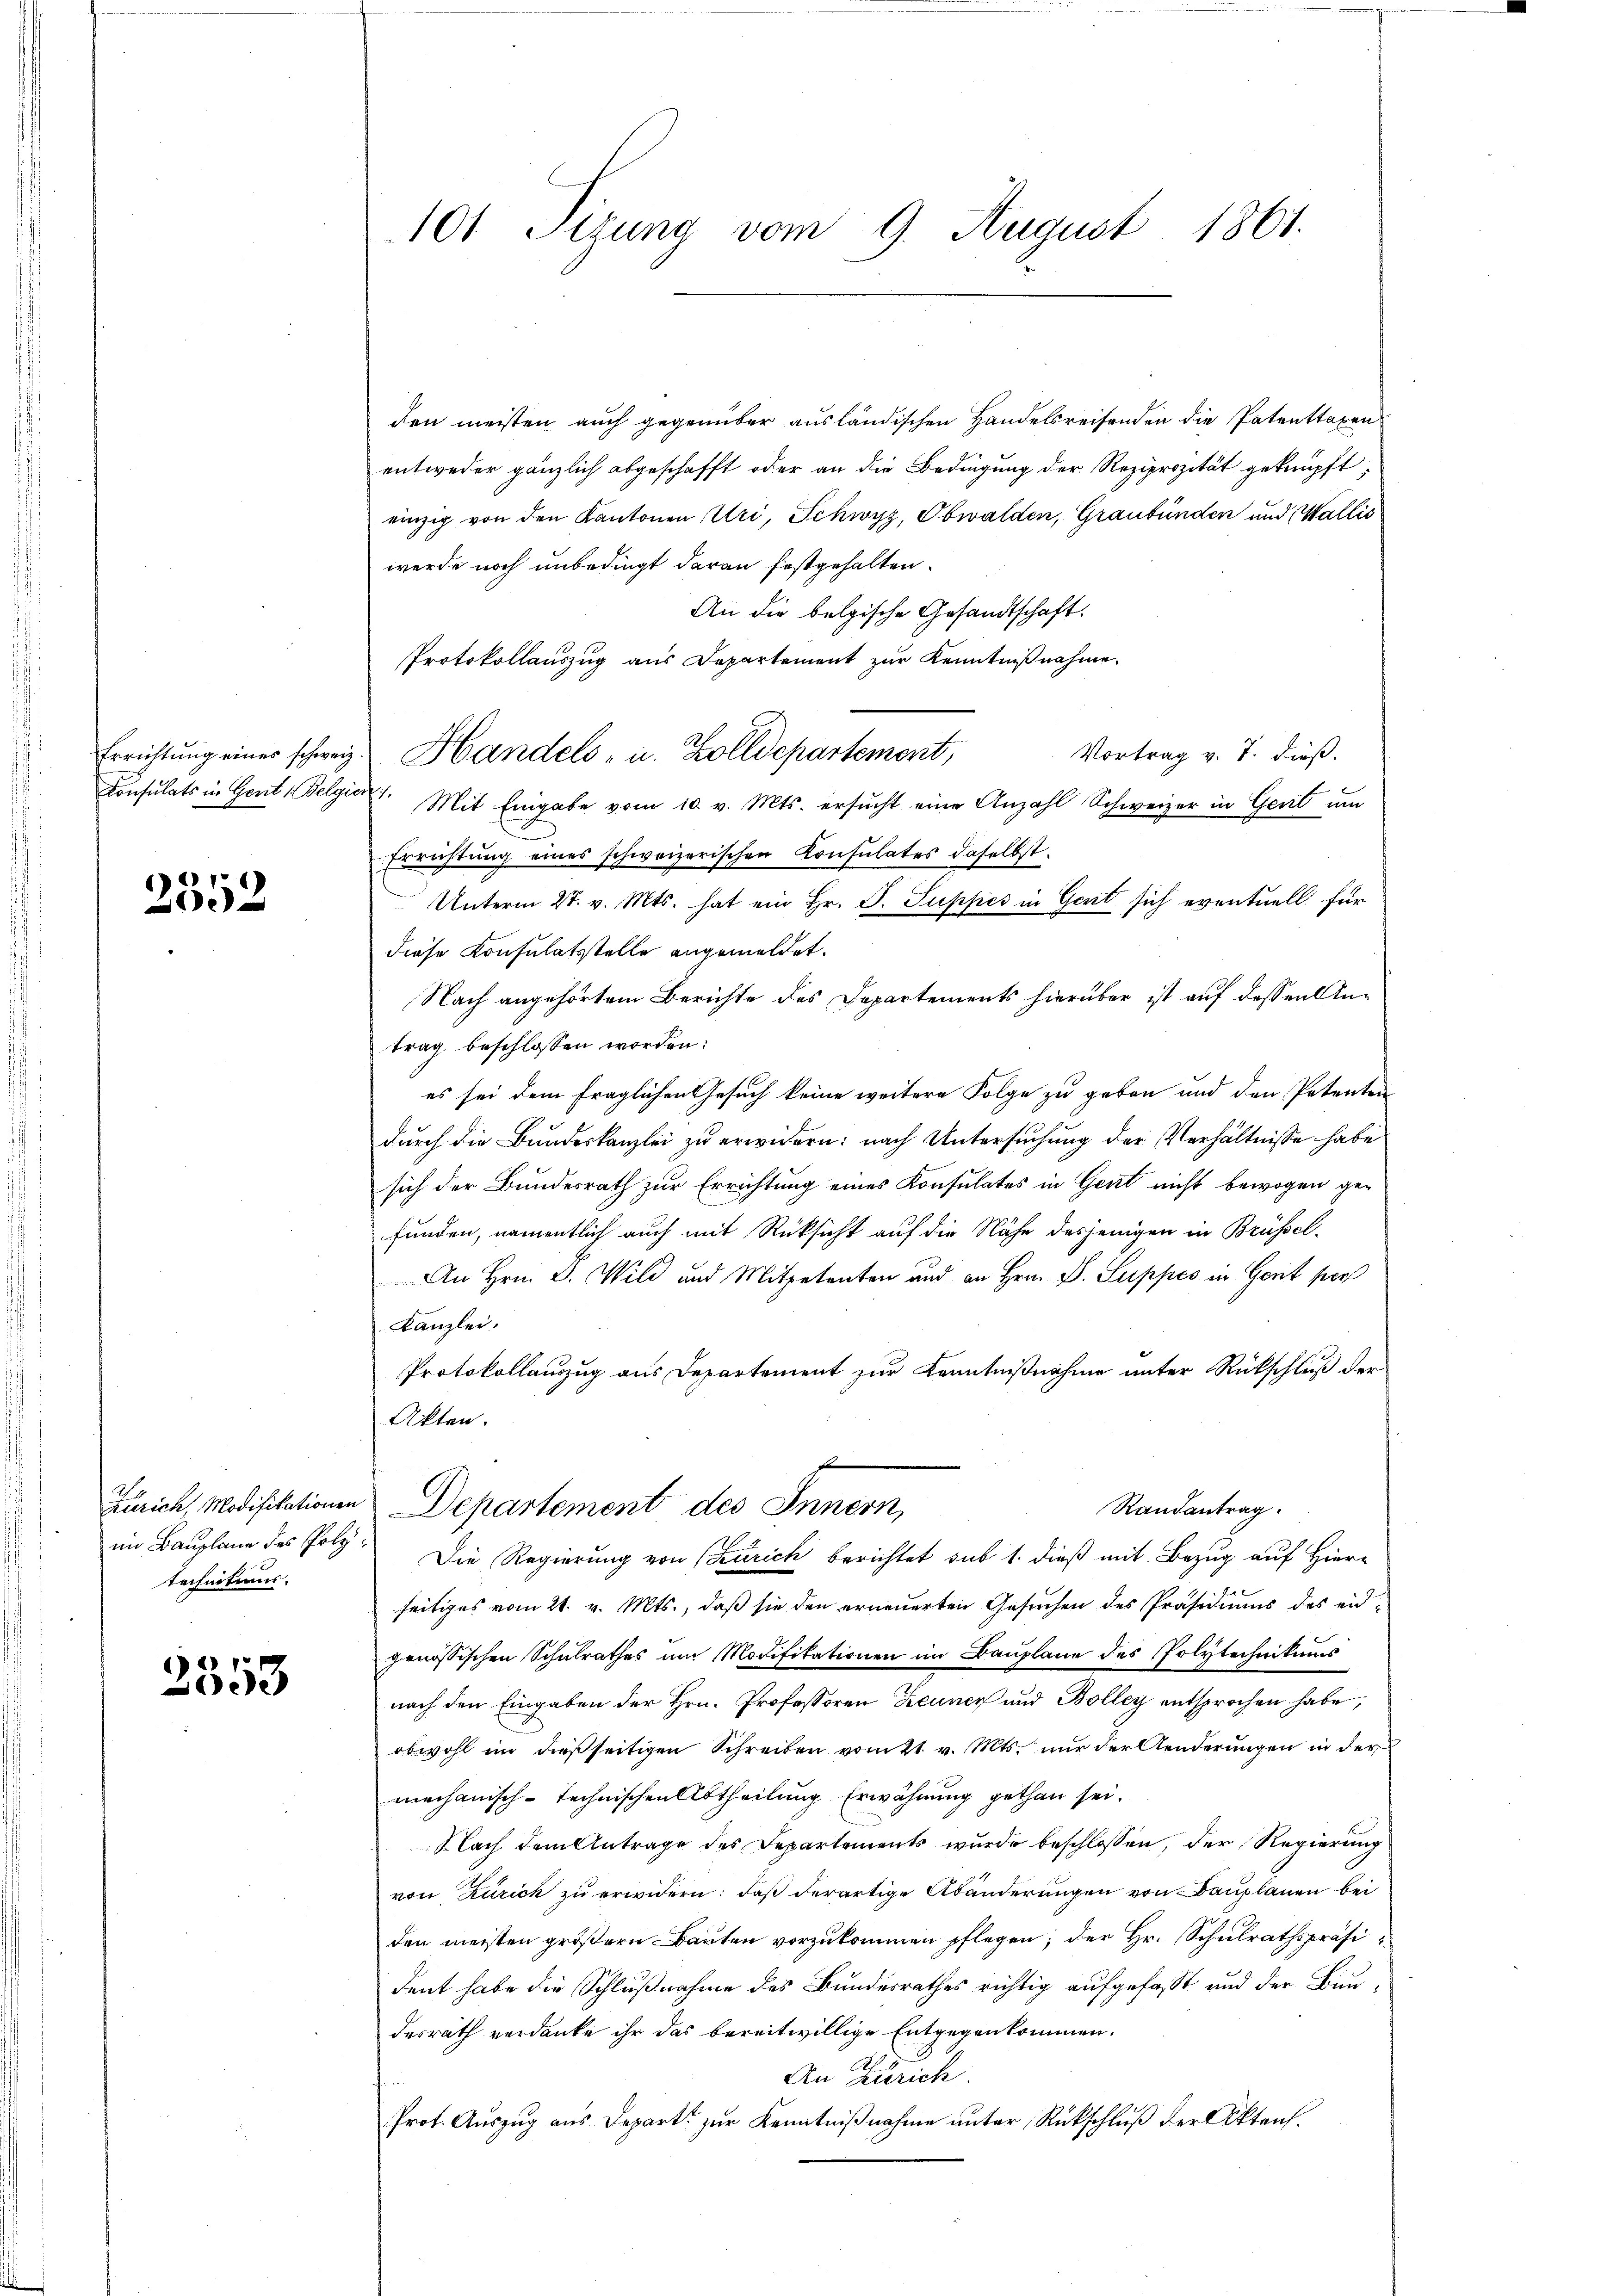
Errichtung eines schweiz.
Consulats in Gerit, Belgie

1
002

Zürich, Modifikationen
im Bauplane des Polz
technitums.

2553

101 Sizung vom 9. August 1861.

den meisten auch gegenüber ausländischen Handelsreifenden die Patenttaxen
entweder gänzlich abgeschafft oder an die Bedingung der Reziprozität geknüpft,
einzig von den Kantonen Uri, Schwyz, Obwalden, Graubünden und Wallis
werde noch unbedingt daran festgehalten.
An die belgische Gesandtschaft.
Protokollauszug aus Departement zur Kenntnißnahme.
Vortrag v. T. dieß.
Handels- u. Zolldepartement,
1. Mit Eingabe vom 10. v. Mts. ersŭcht eine Anzahl Schweizer in Gent ŭm
Errichtung eines schweizerischen Consulates daselbst.
Unterm 27. v. Mts. hat ein Hr. J. Suppes in Gent sich eventuell für
diese Konsulatsstelle angemeldet.
Nach angehörtem Berichte des Departements hierüber ist auf dessen Antrag beschlossen worden:
es sei dem fraglichen Gesuch keine weitere Folge zu geben und den Petenten
durch die Bundeskanzlei zu erwidern: nach Untersuchung der Verhältnisse habe
sich der Bundesrath zur Errichtung eines Konsulates in Gent nicht bewogen gefunden, namentlich auch mit Rücksicht auf die Nähe desjenigen in Brüssel-
An Hrn. D. Wild und Mitpetenten und an Hrn. D. Suppes in Gerit per
Kanzlei.
Protokollauszug aus Departement zur Kenntnißnahme unter Rückschluß der
Akten.
Departement des Innern,
Randantrag.
Die Regierung von (Zürich berichtet sub 1. dieß mit Bezug auf Hier-
seitiges vom 21. v. Mts., daß sie den erneuerten Gesuchen des Präsidiums des eidgenössischen Schulrathes am Modifikationen im Bauplane des Polytechnikums
nach den Eingaben der Hrn. Professoren Zeuner und Bolley entsprochen habe,
obwohl in dießseitigen Schreiben vom 21. v. Mts. nur der Aenderungen in der
mechanisch-technischen Abtheilung Erwähnung gethan sei.
Nach dem Antrage des Departements wurde beschlossen, der Regierung
von Zürich zu erwidern: daß derartige Abänderungen von Bauplanen bei
den meisten größern Bauten vorzukommen pflegen; der Hr. Schulrathspräsident habe die Schlußnahme des Bundesrathes richtig aufgefasst und der Bundesrath verdanke ihr das bereitwillige Entgegenkommen.
An Zürich.
Prot. Auszug aus Depart. zur Kenntnißnahme unter Rückschluß der Aktens.